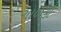
ગાળકો